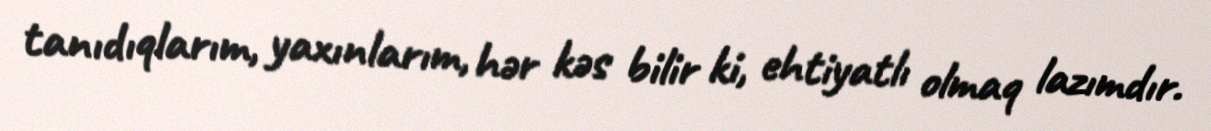
tanıdıqlarım, yaxınlarım, hər kəs bilir ki, ehtiyatlı olmaq lazımdır.